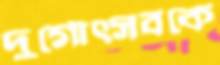
দুর্গোত্সবকে